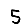
Digit: 5